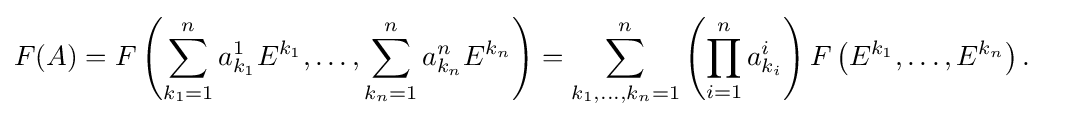
{\begin{aligned}F(A)&=F\left(\sum _{k_{1}=1}^{n}a_{k_{1}}^{1}E^{k_{1}},\dots ,\sum _{k_{n}=1}^{n}a_{k_{n}}^{n}E^{k_{n}}\right)=\sum _{k_{1},\dots ,k_{n}=1}^{n}\left(\prod _{i=1}^{n}a_{k_{i}}^{i}\right)F\left(E^{k_{1}},\dots ,E^{k_{n}}\right).\end{aligned}}